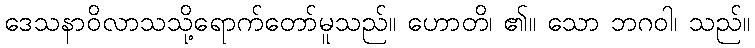
ဒေသနာဝိလာသသို့ရောက်တော်မူသည်။ ဟောတိ၊ ၏။ သော ဘဂဝါ၊ သည်။